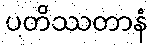
ပတိဿတာနံ